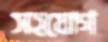
সহযোগ